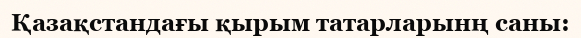
Қазақстандағы қырым татарларынң саны: